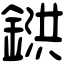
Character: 𨩅